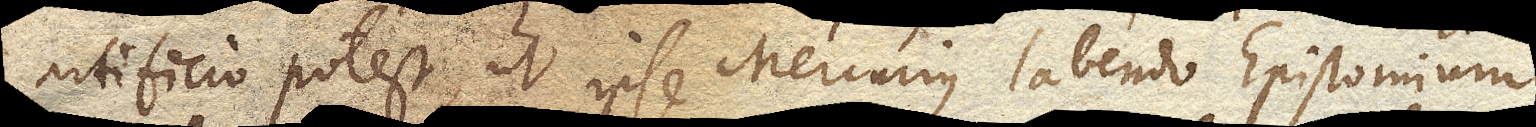
artificio potest, ut ipse Mercurius labendo Epistomium